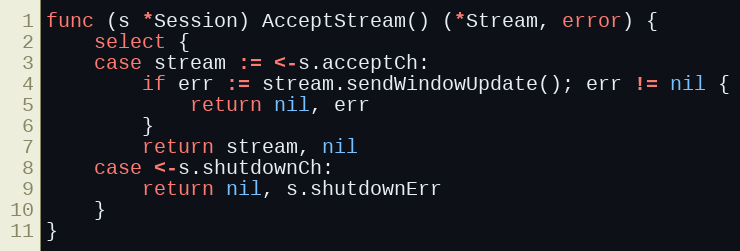
Language: Go
func (s *Session) AcceptStream() (*Stream, error) {
	select {
	case stream := <-s.acceptCh:
		if err := stream.sendWindowUpdate(); err != nil {
			return nil, err
		}
		return stream, nil
	case <-s.shutdownCh:
		return nil, s.shutdownErr
	}
}